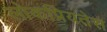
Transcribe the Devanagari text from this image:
लोकप्रियतेस